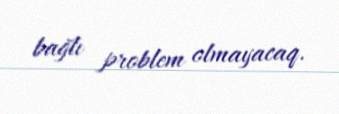
bağlı problem olmayacaq.